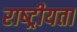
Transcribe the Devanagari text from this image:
राष्‍ट्रीयता